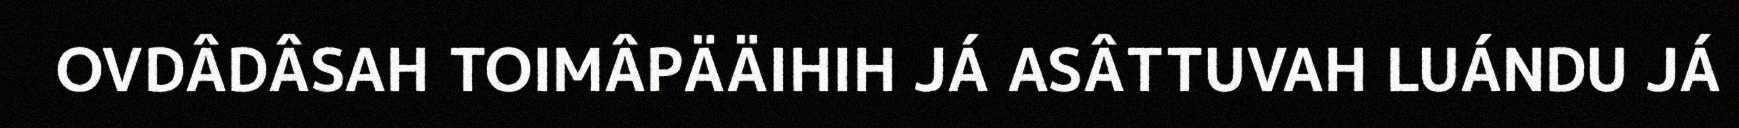
OVDÂDÂSAH TOIMÂPÄÄIHIH JÁ ASÂTTUVAH LUÁNDU JÁ